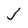
Character: j